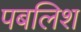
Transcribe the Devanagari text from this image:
पबलिश